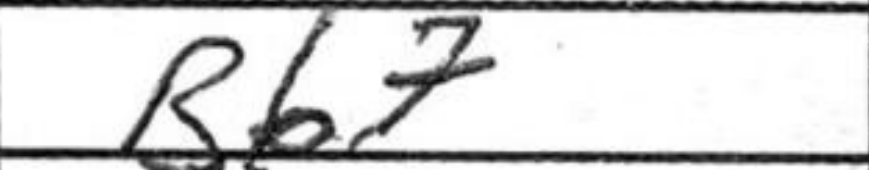
Transcription: Bb7